Civil Veterinary Dept. Bombay admin report 1932-41 - 1932-1941
Year: 1932
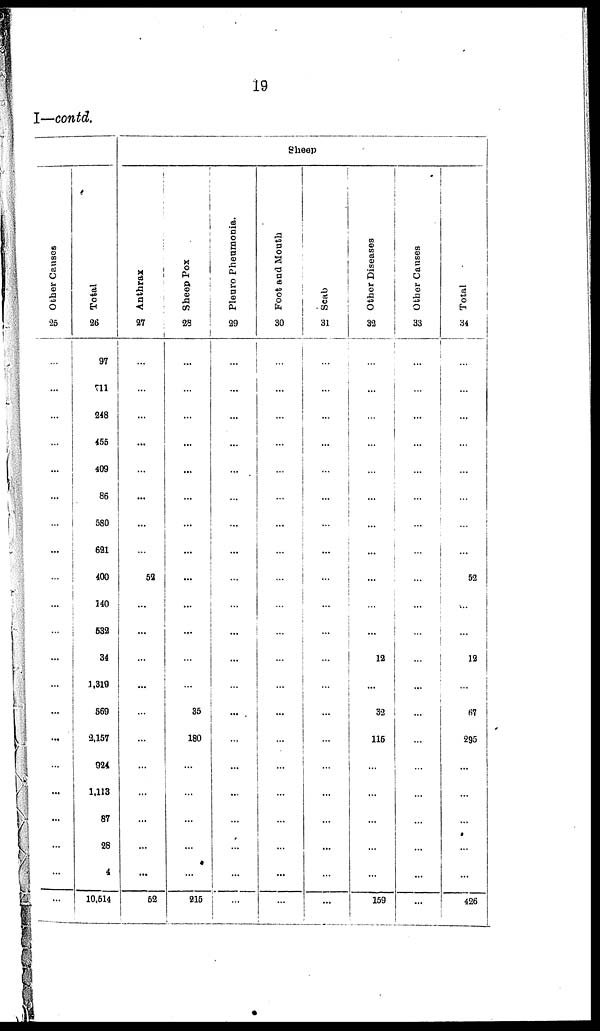
19
I—contd.
Other Causes
25
...
...
...
...
...
...
...
...
...
...
...
...
...
...
...
...
...
...
...
...
...
Total
26
97
711
248
455
409
86
580
621
400
140
532
34
1,319
569
2,157
924
1,113
87
28
4
10,514
Sheep
Anthrax
27
...
...
...
...
...
...
...
...
52
...
...
...
...
...
...
...
...
...
...
...
52
Sheep Pox
28
...
...
...
...
...
...
...
...
...
...
...
...
...
35
180
...
...
...
...
...
215
Pleuro Pheumonia.
29
...
...
...
...
...
...
...
...
...
...
...
...
...
...
...
...
...
...
...
...
...
Foot and Mouth
30
...
...
...
...
...
...
...
...
...
...
...
...
...
...
...
...
...
...
...
...
...
Scab
31
...
...
...
...
...
...
...
...
...
...
...
...
...
...
...
...
...
...
...
...
...
Other Diseases
32
...
...
...
...
...
...
...
...
...
...
...
12
...
32
115
...
...
...
...
...
159
Other Causes
33
...
...
...
...
...
...
...
...
...
...
...
...
...
...
...
...
...
...
...
...
...
Total
34
...
...
...
...
...
...
...
...
52
...
...
12
...
67
295
...
...
...
...
...
426